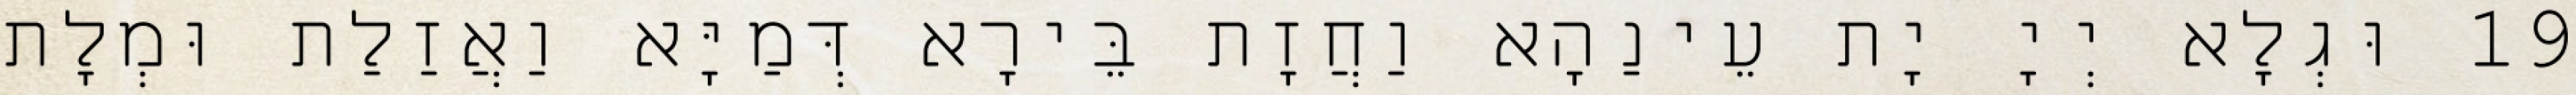
19 וּגְלָא יְיָ יָת עֵינַהָא וַחֲזָת בֵּירָא דְּמַיָּא וַאֲזַלַת וּמְלָת